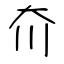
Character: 夼